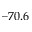
- 7 0 . 6